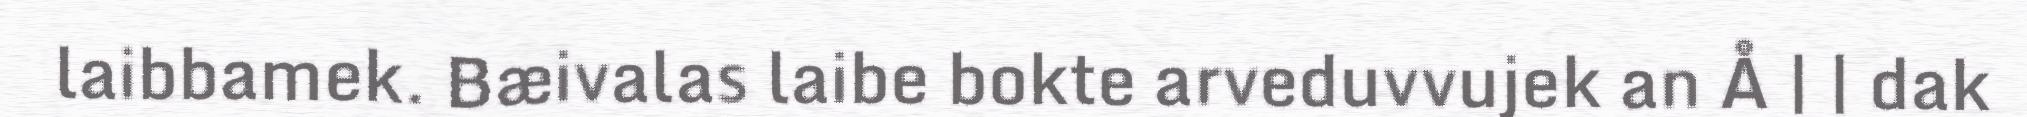
laibbamek. Bæivalas laibe bokte arveduvvujek an Å | | dak